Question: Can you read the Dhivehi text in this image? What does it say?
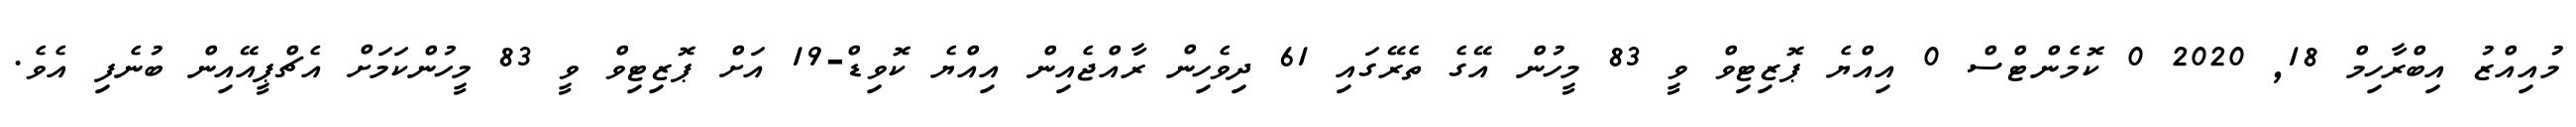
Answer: މުއިއްޒު އިބްރާހިމް 18, 2020 0 ކޮމެންޓްސް 0 އިއްޔެ ޕޮޒިޓިވް ވީ 83 މީހުން އޭގެ ތެރޭގައި 61 ދިވެހިން ރާއްޖެއިން އިއްޔެ ކޮވިޑް-19 އަށް ޕޮޒިޓިވް ވީ 83 މީހުންކަމަށް އެޗްޕީއޭއިން ބުނެފި އެވެ.